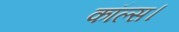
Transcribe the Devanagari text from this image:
कॉल्‍स।